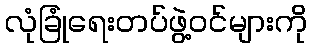
လုံခြုံရေးတပ်ဖွဲ့ဝင်များကို